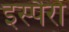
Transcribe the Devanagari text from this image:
इस्पैरो